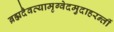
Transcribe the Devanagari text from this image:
ब्रह्मदैवत्यामृग्वेदमुदाहरन्तीं